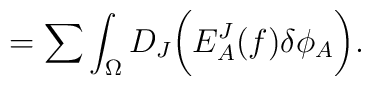
=\sum\int_{\Omega} D_J\biggl( E^J_A(f)\delta\phi_A\biggr).